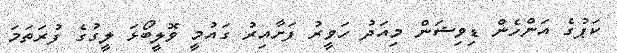
ކަޕުގެ އަންހެން ޑިވިޝަން މިއަދު ހަވީރު ފަށާއިރު ގައުމީ ވޮލީބޯޅަ ލީގުގެ ފުރަތަމަ